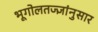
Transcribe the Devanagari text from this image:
भूगोलतज्ज्ञांनुसार